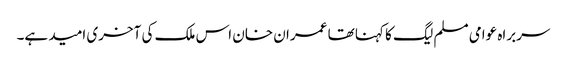
سربراہ عوامی مسلم لیگ کا کہنا تھا عمران خان اس ملک کی آخری امید ہے۔